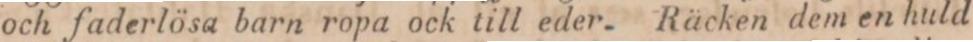
och faderlösa barn ropa ock till eder. Räcken dem en huld